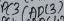
Text: ADC3